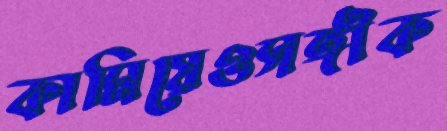
কামিয়েওসঙ্গীক